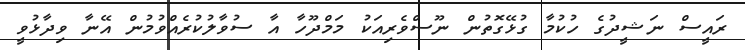
ރައީސް ނަޝީދުގެ ހުކުމާ ގުޅޭގޮތުން ނޫސްވެރިއަކު މަމްދޫހާ އާ ސުވާލުކުރެއްވުމުން އޭނާ ވިދާޅުވީ